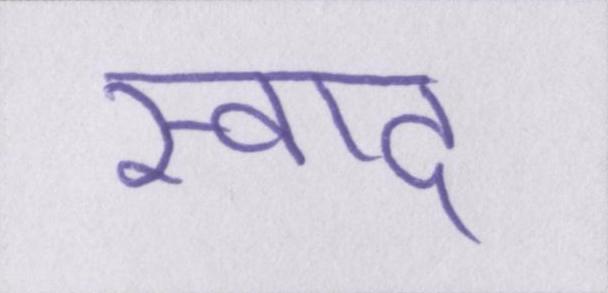
स्वाद